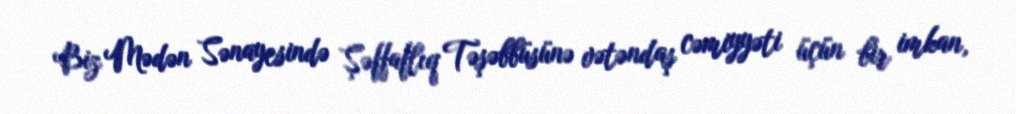
Biz Mədən Sənayesində Şəffaflıq Təşəbbüsünə vətəndaş cəmiyyəti üçün bir imkan,